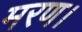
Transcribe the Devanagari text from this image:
मरण।